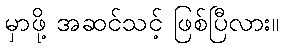
မှာဖို့ အဆင်သင့် ဖြစ်ပြီလား။